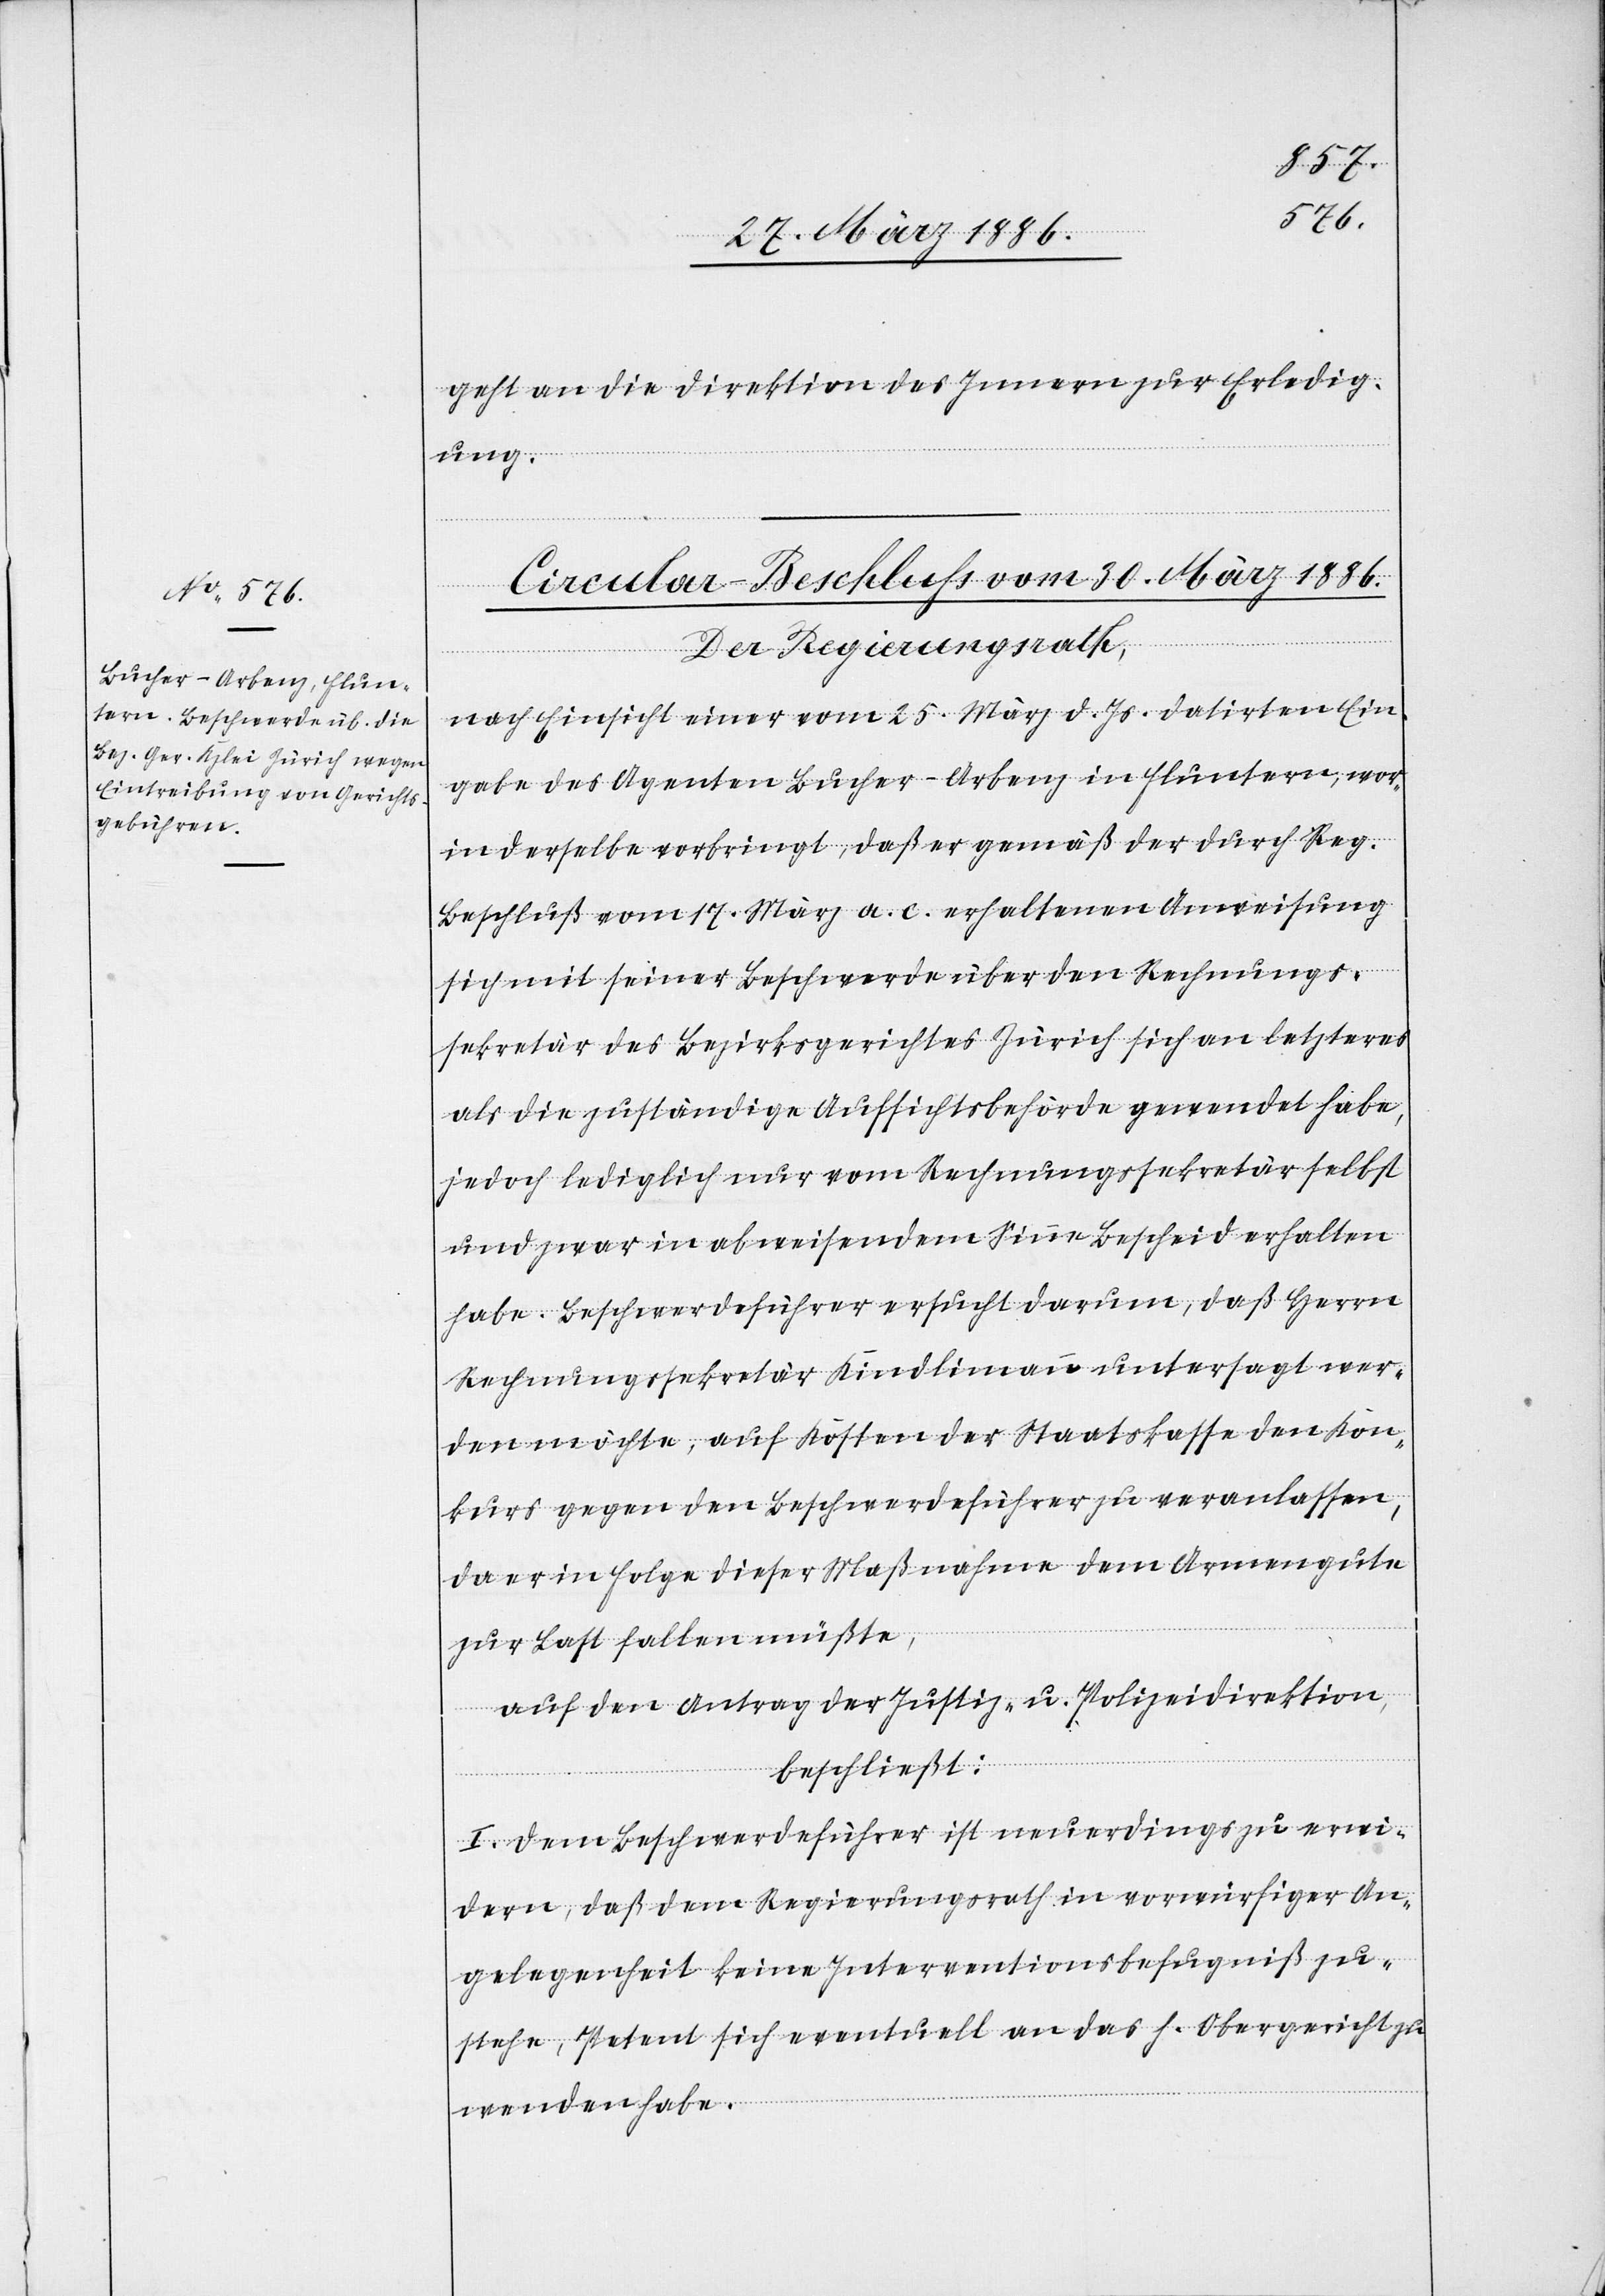
1886.
geht an die Direktion des Innern zur Erledig¬
ung.
Der Regierungsrath,
nach Einsicht einer vom 25. März d. Js. datirten Ein¬
gabe des Agenten Bucher-Arbenz in Fluntern, wor¬
in derselbe vorbringt, daß er gemäß der durch Reg.
Beschluß vom 17. März a. c. erhaltenen Anweisung
sich mit seiner Beschwerde über den Rechnungs¬
sekretär des Bezirksgerichtes Zürich sich an letzteres
als die zuständige Aufsichtsbehörde gewendet habe,
jedoch lediglich nur vom Rechnungssekretär selbst
und zwar in abweisendem Sinne Bescheid erhalten
habe. Beschwerdeführer ersucht darum, daß Herrn
Rechnungssekretär Kindlimann untersagt wer¬
den möchte, auf Kosten der Staatskasse den Kon¬
kurs gegen den Beschwerdeführer zu veranlassen,
da er in Folge dieser Maßnahme dem Armengute
zur Last fallen müßte,
auf den Antrag der Justiz- u. Polizeidirektion,
März
beschließt:
I. Dem Beschwerdeführer ist neuerdings zu erwi¬
dern, daß dem Regierungsrath in vorwürfiger An¬
gelegenheit keine Interventionsbefugniß zu¬
stehe, Petent sich eventuell an das h. Obergericht zu
wenden habe.

30.